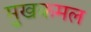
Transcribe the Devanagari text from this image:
मुखकमल